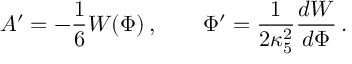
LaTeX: A ^ { \prime } = - { \frac { 1 } { 6 } } W ( \Phi ) \, , \qquad \Phi ^ { \prime } = { \frac { 1 } { 2 \kappa _ { 5 } ^ { 2 } } } { \frac { d W } { d \Phi } } \, .